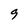
Character: 9